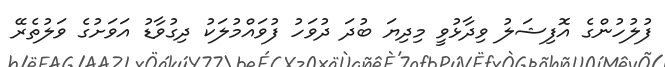
ފުލުހުންގެ އޮފިޝަލު ވިދާޅުވީ މިދިޔަ ބުދަ ދުވަހު ފުވައްމުލަކު ދިގުވާޑު އަވަށުގެ ވަލުތެރޭ